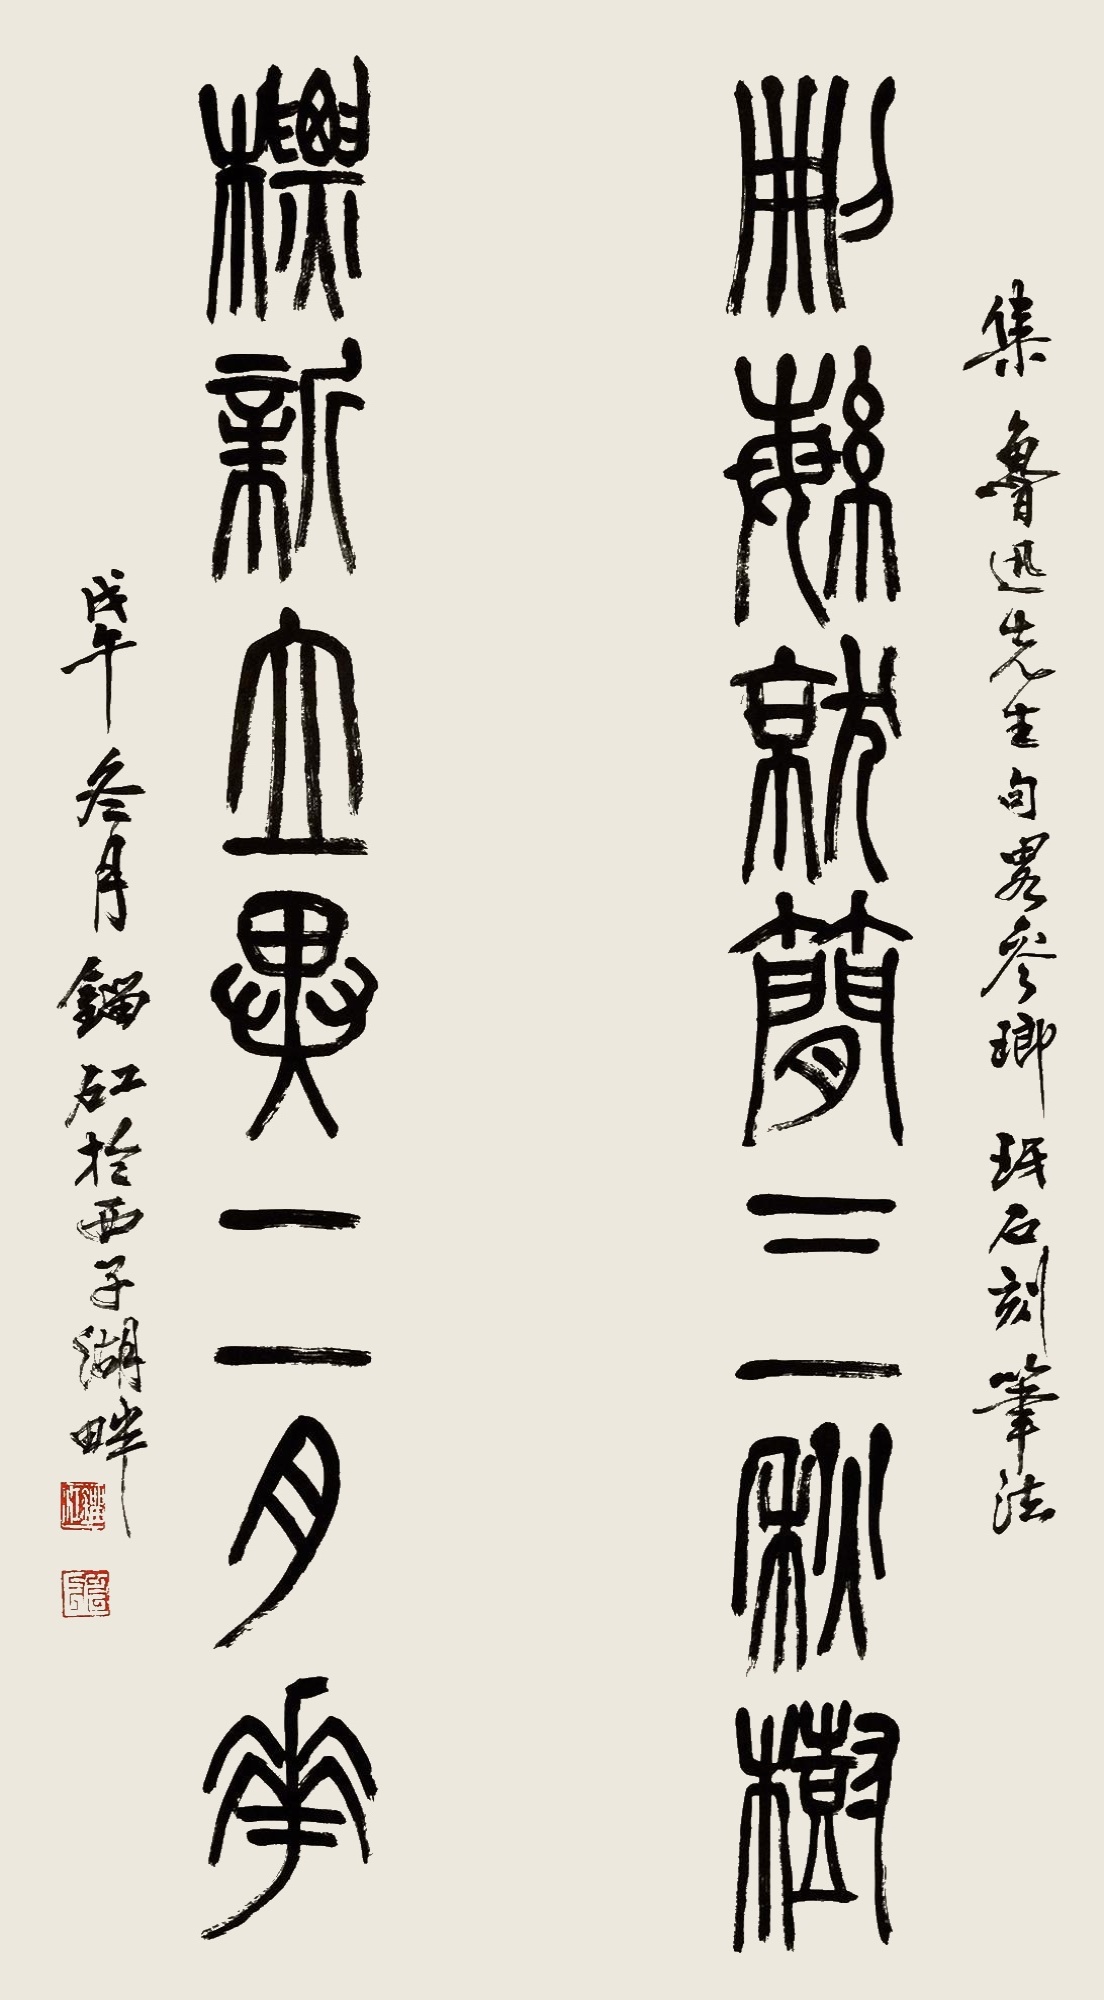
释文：删繁就简三秋树，标新立异二月花。集鲁迅先生句略参琅琊石刻笔法。戊午冬月刘江于西子湖畔。